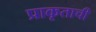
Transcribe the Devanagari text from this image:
प्राकृताची